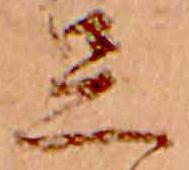
足